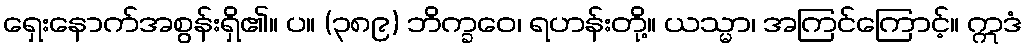
ရှေးနောက်အစွန်းရှိ၏။ ပ။ (၃၈၉) ဘိက္ခဝေ၊ ရဟန်းတို့။ ယသ္မာ၊ အကြင်ကြောင့်။ ဣဒံ